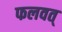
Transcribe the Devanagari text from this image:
फलवत्